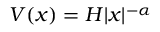
V ( x ) = H | x | ^ { - \alpha }